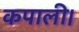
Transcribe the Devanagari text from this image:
कपाली।